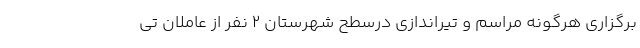
برگزاری هرگونه مراسم و تیراندازی درسطح شهرستان ۲ نفر از عاملان تی